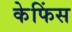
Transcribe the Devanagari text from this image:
केफिंस